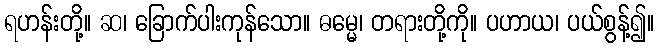
ရဟန်းတို့။ ဆ၊ ခြောက်ပါးကုန်သော။ ဓမ္မေ၊ တရားတို့ကို။ ပဟာယ၊ ပယ်စွန့်၍။